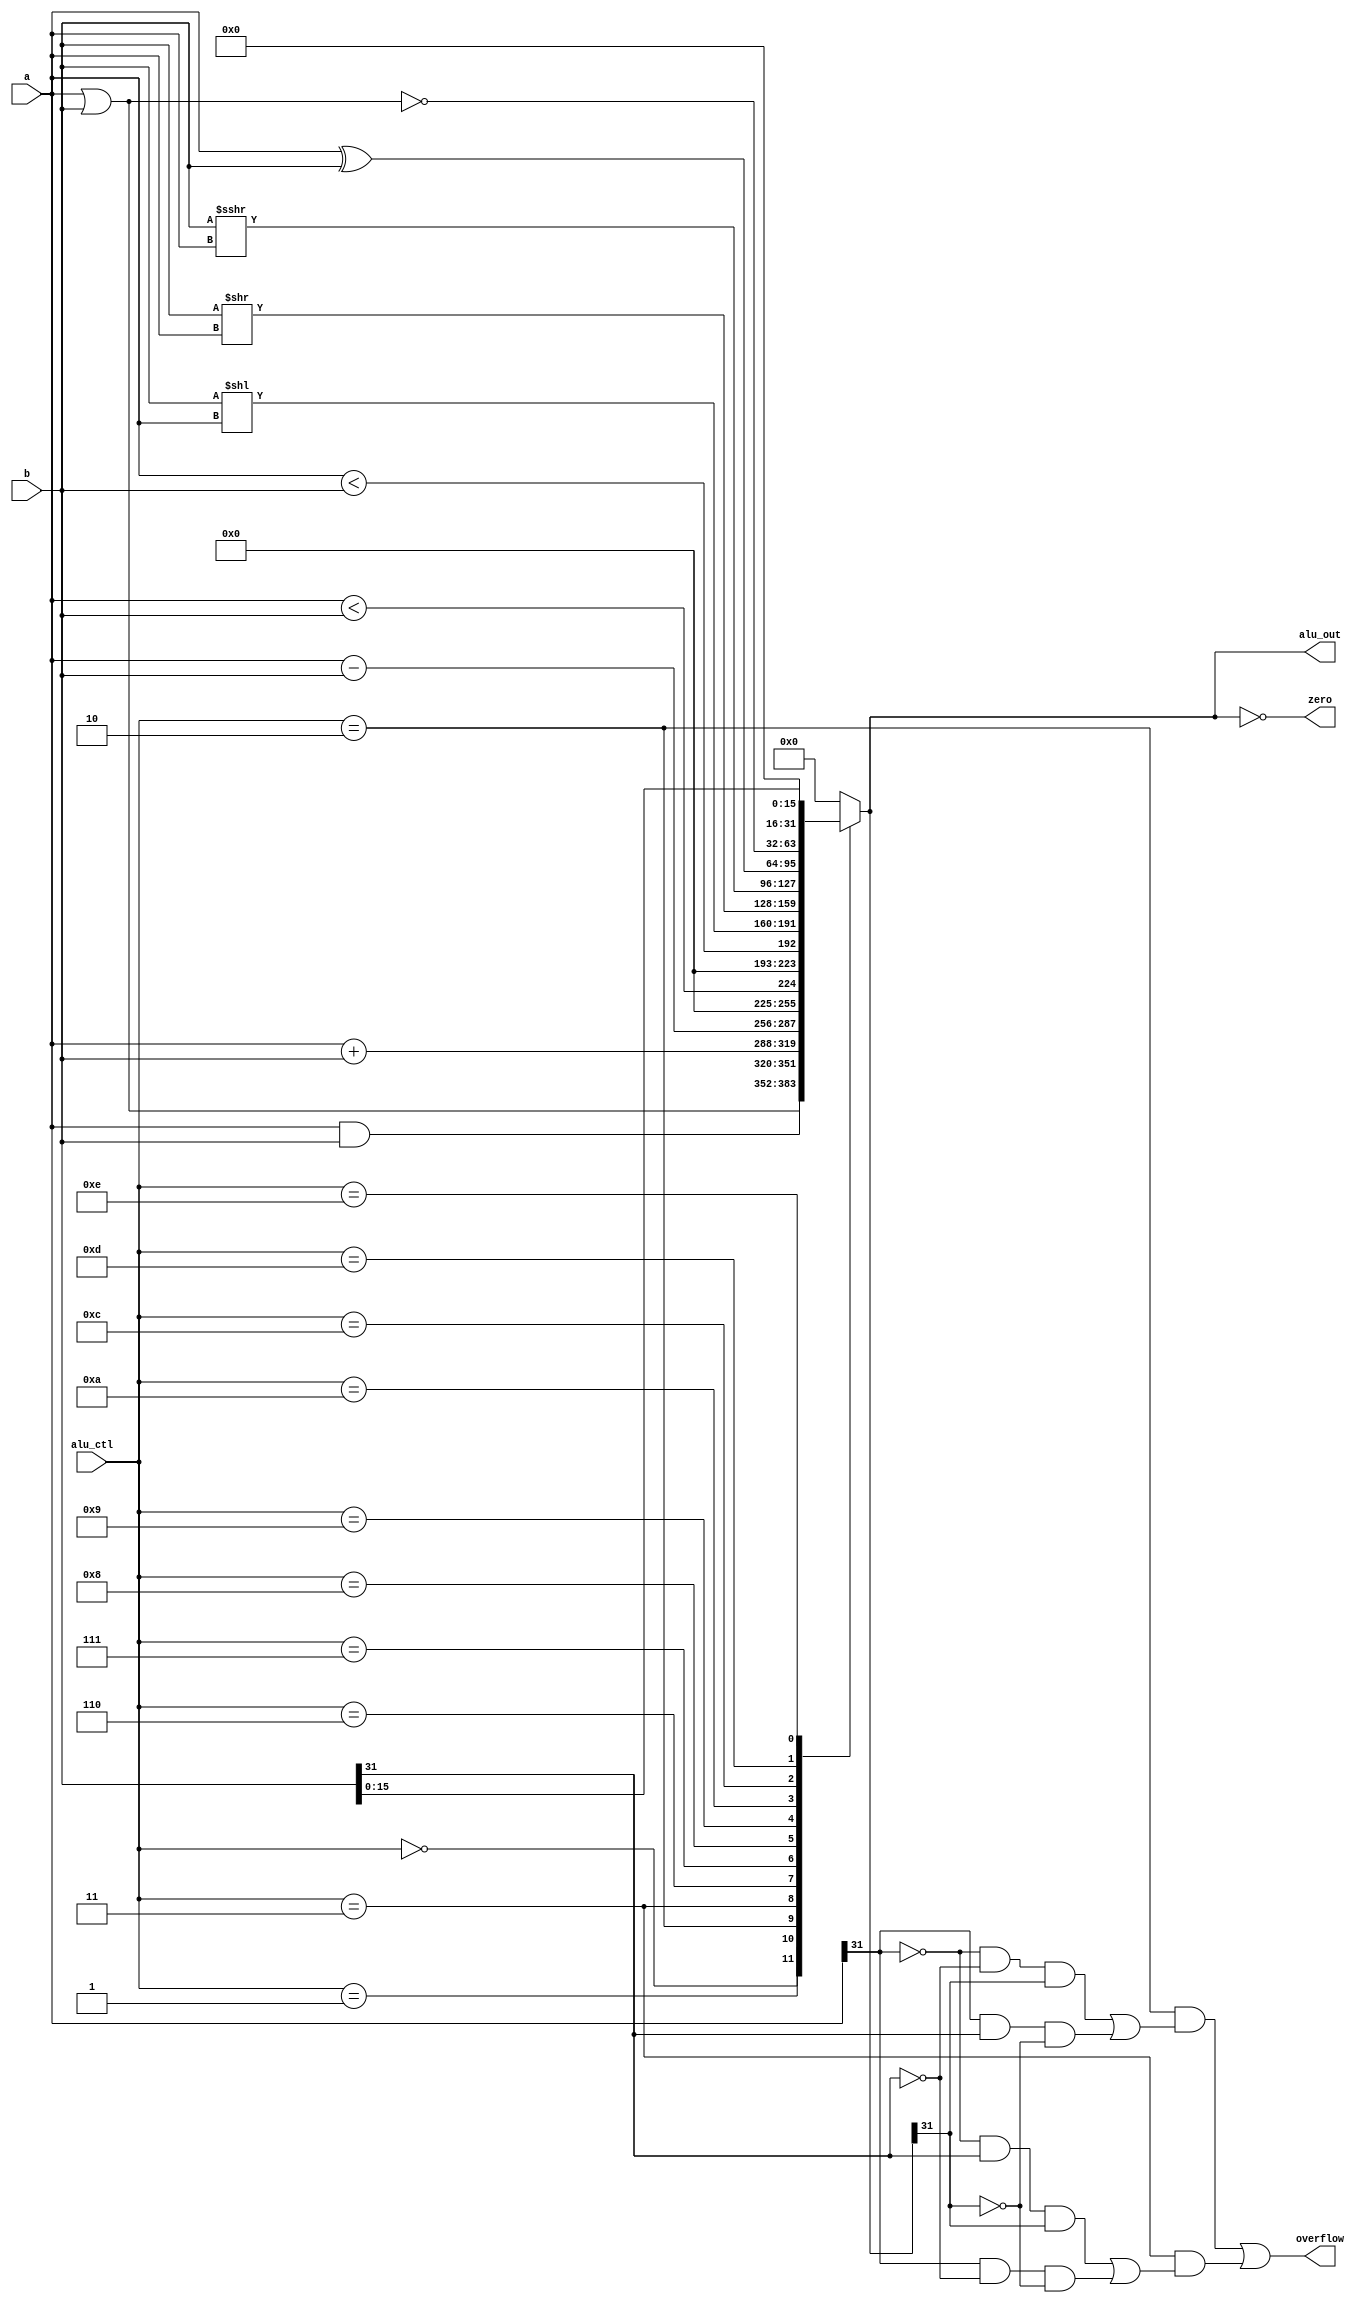
module alu (alu_ctl, a, b, alu_out, zero, overflow);

   input [3:0]  alu_ctl;
   input [31:0] a, b;
   output reg [31:0] alu_out;
   output zero, overflow;

   assign zero = (alu_out == 0); // zero is true if alu_out is 0
   assign overflow = (alu_ctl == 4'b0010) && // overflow bit for add
                        ((~a[31] & ~b[31] & alu_out[31]) |
                        (a[31] & b[31] & ~alu_out[31])) ||
                     (alu_ctl == 4'b0011) && // overflow bit for subtract
                        ((~a[31] & b[31] & alu_out[31]) |
                        (a[31] & ~b[31] & ~alu_out[31]));

   always @(alu_ctl or a or b) // reevaluate if these change
   begin
      case (alu_ctl)
         4'b0000: alu_out <= a & b;                     // 0000: AND
         4'b0001: alu_out <= a | b;                     // 0001: OR
         4'b0010: alu_out <= a + b;                     // 0010: add
         4'b0011: alu_out <= a - b;                     // 0011: subtract
         4'b0110: alu_out <= ($signed(a) < $signed(b)); // 0110: set on less than (signed)
         4'b0111: alu_out <= (a < b);                   // 0111: set on less than

         4'b1000: alu_out <= b << a;                    // 1000: shift left logical
         4'b1001: alu_out <= b >> a;                    // 1001: shift right logical
         4'b1010: alu_out <= $signed(b) >>> a;          // 1010: shift right arithmetic

         4'b1100: alu_out <= a ^ b;                     // 1100: XOR
         4'b1101: alu_out <= ~(a | b);                  // 1101: NOR
         4'b1110: alu_out <= { b[15:0], 16'b0 };        // 1110: load upper

         default: alu_out <= 0;
      endcase
   end

endmodule